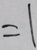
= 1